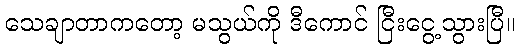
သေချာတာကတော့ မသွယ်ကို ဒီကောင် ငြီးငွေ့သွားပြီ။